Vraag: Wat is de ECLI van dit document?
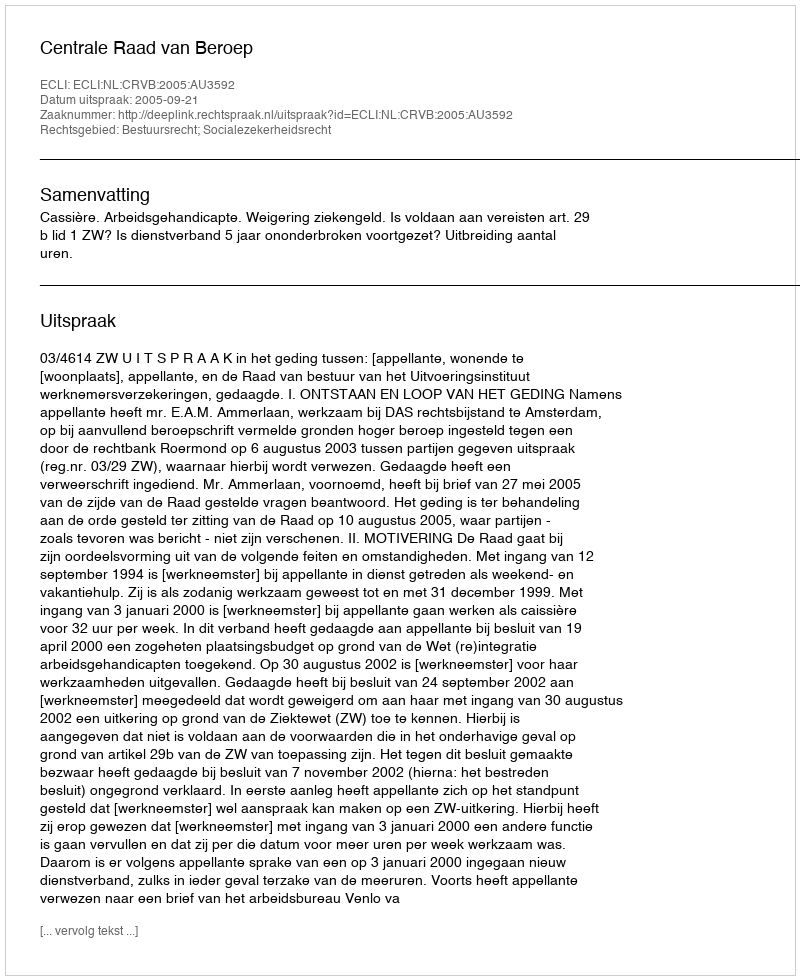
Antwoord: ECLI:NL:CRVB:2005:AU3592